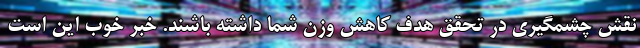
نقش چشمگیری در تحقق هدف کاهش وزن شما داشته باشند. خبر خوب این است